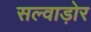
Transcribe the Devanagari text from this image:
सल्वाड़ोर